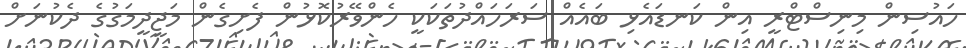
ހައުސިން މިނިސްޓްރީ އިން ކަނޑައެޅި ބައެއް ސަރަހައްދުތަކަކީ ހެންވޭރުކޮޅުން ފެށިގެން މަޖީދީމަގުގެ ދެކުނަށް